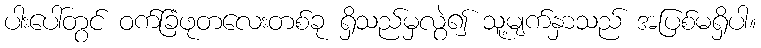
ပါးပေါ်တွင် ဝက်ခြံဖုတလေးတစ်ခု ရှိသည်မှလွဲ၍ သူ့မျက်နှာသည် အပြစ်မရှိပါ။